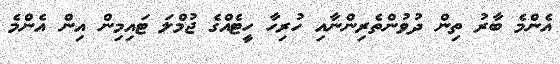
އެންމެ ބާރު ތިން ދުވުންތެރިންނާއި ހުރިހާ ހީޓެއްގެ ޖުމްލަ ޓައިމިން އިން އެންމެ